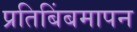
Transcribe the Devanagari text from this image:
प्रतिबिंबमापन